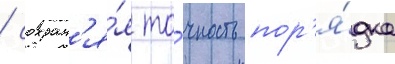
/ сохран'я́я то́чность пор'я́дка